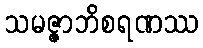
သမဇ္ဇာဘိစရဏဿ